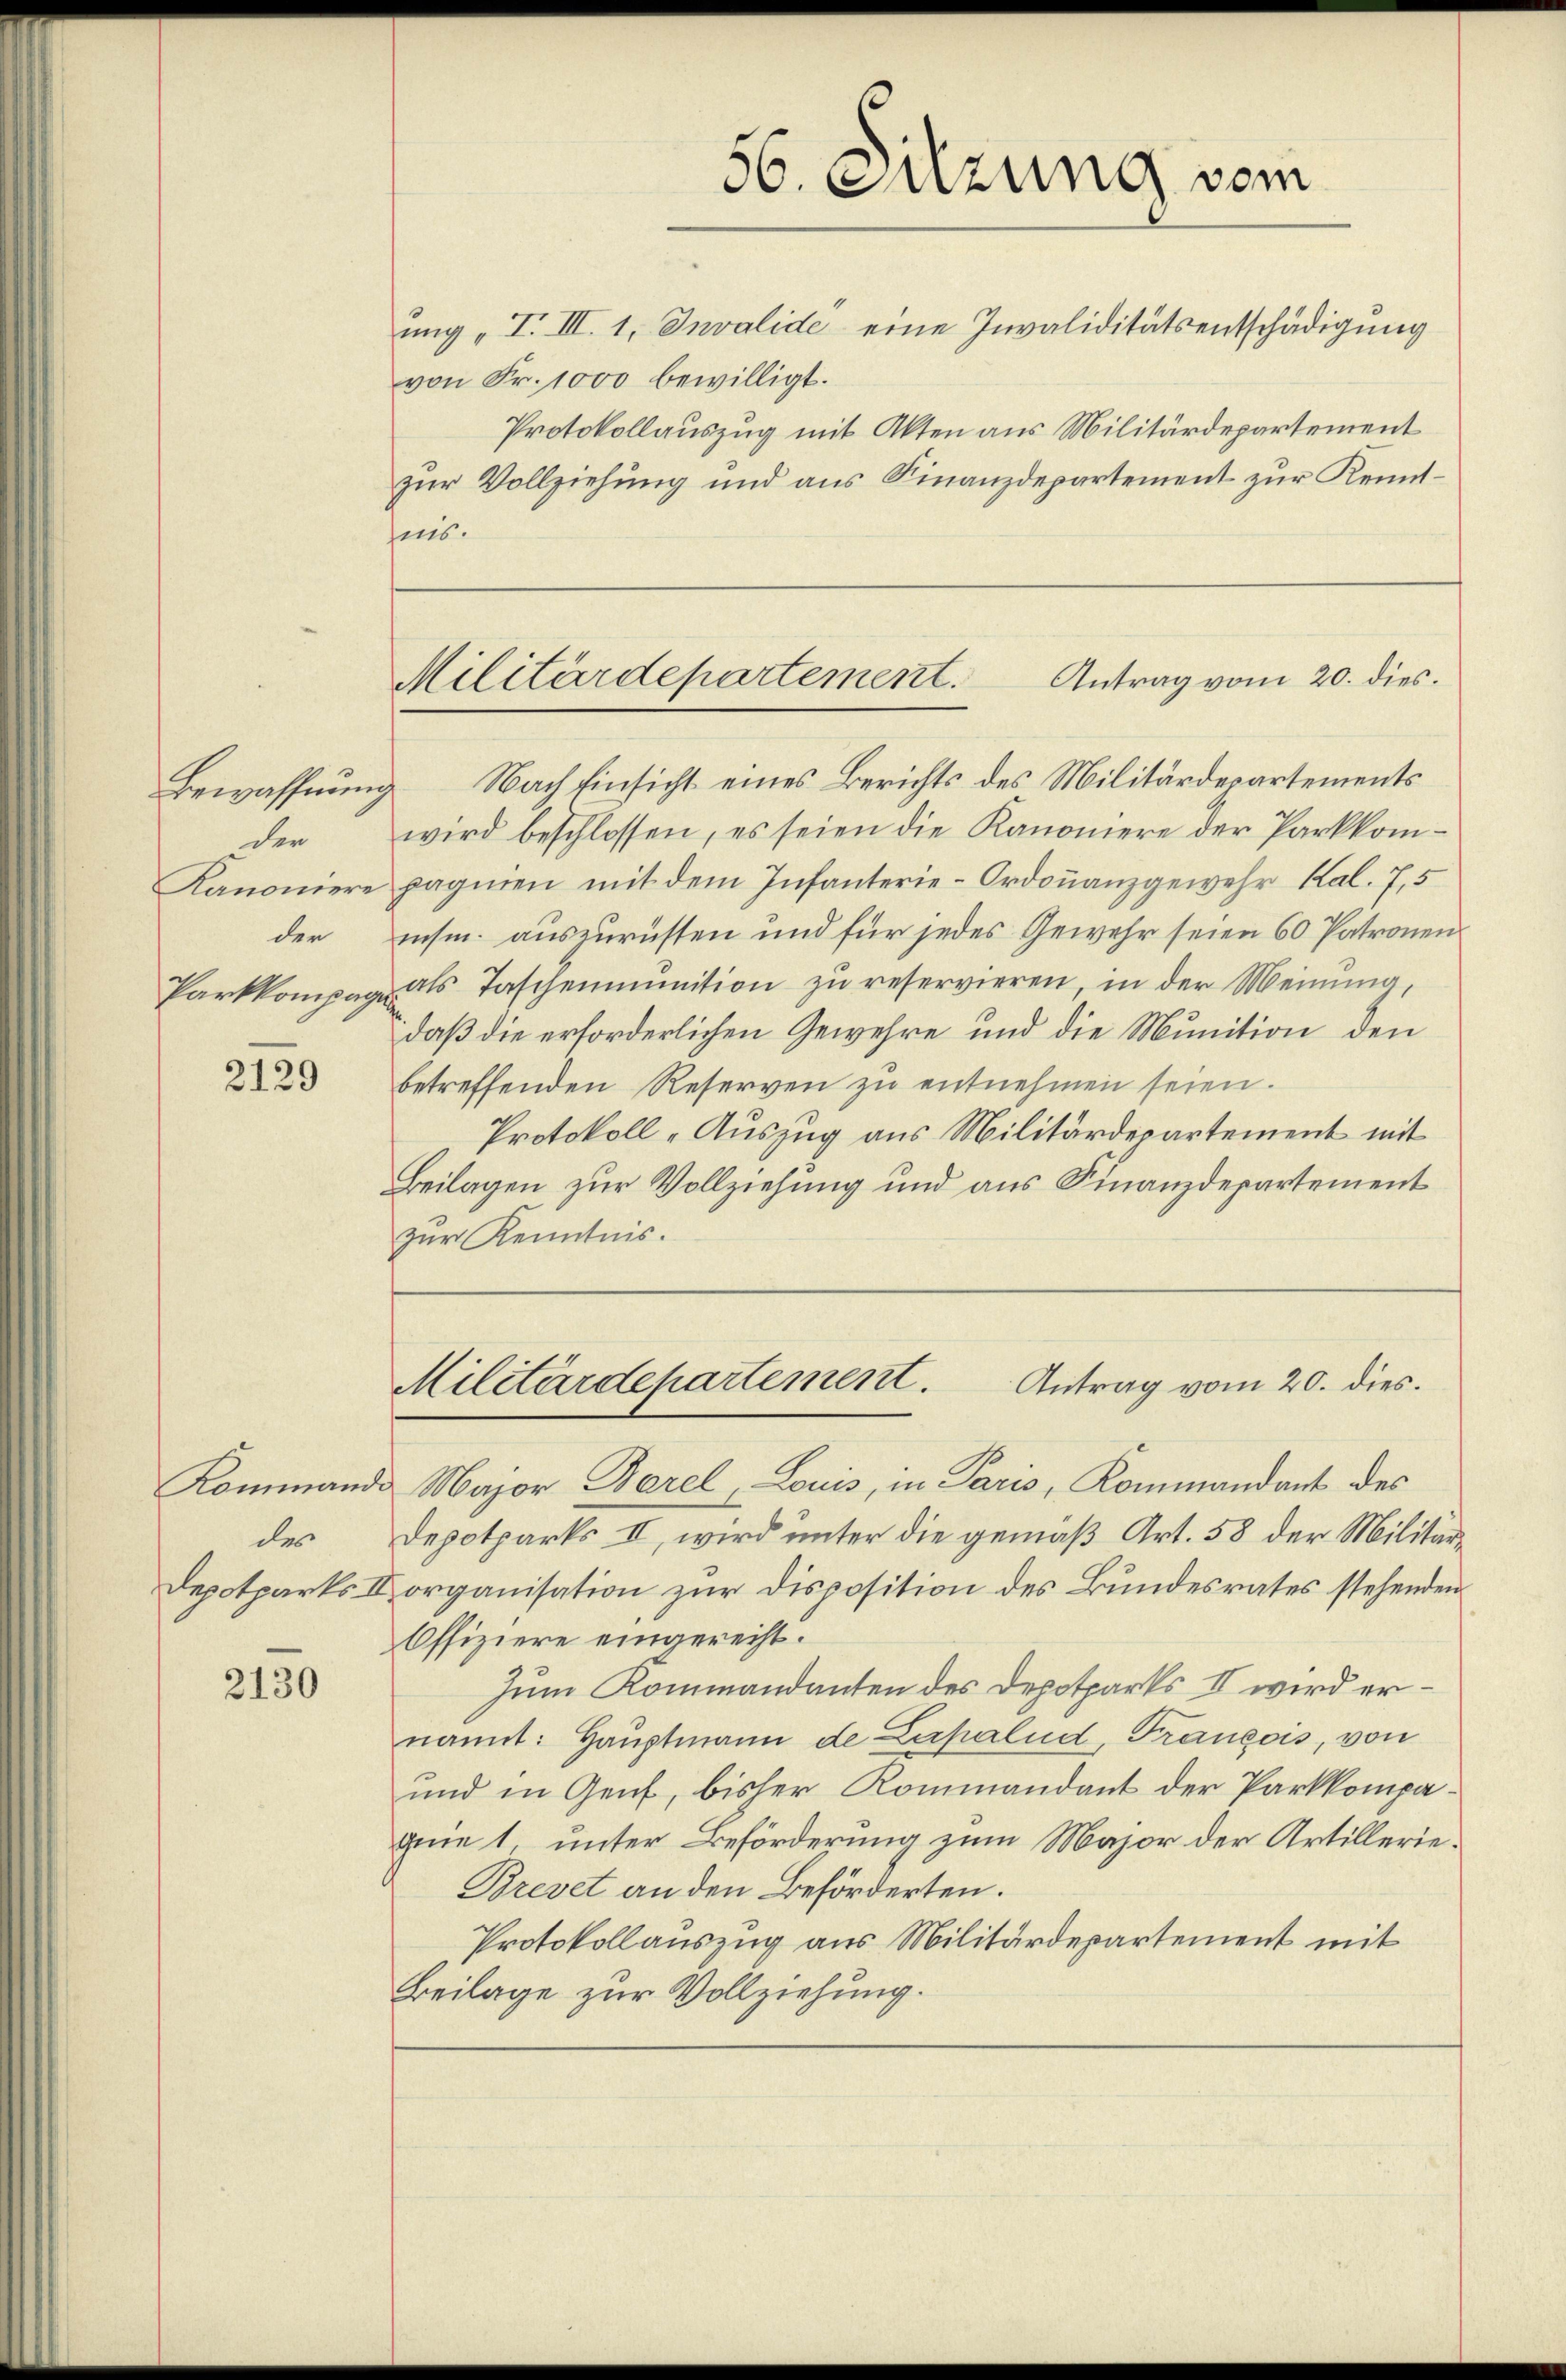
den
den

2129

des

2130

von Fr. 1000 bewilligt.
Protokollauszug mit Akten aus Militärdepartement
zur Vollziehung und aus Finanzdepartement zur Kenntins.

Bewaffnung Nach Einsicht eines Berichts des Militärdepartements
wird beschlossen, es seien die Kanoniere der Parkkom¬
Kanoniere pagnien mit dem Infanterie-Ordonanzgewehr Kal. 7,5
insm. auszurüsten und für jedes Gewehr seien 60 Patronen
Parkkompag als Taschenmŭnition zŭ reservieren, in der Meinung,
daß die erforderlichen Gewehre und die Munition den
betreffenden Reserven zŭ entnehmen seien.
Protokoll-Auszug aus Militärdepartement mit
Beilagen zur Vollziehung und aus Finanzdepartement
zur Kenntnis.

Kommande Major Barel, Louis, in Paris, Kommandant des
Depotparks II, wird unter die gemäß Art. 58 der Militär¬
Depotparks II organisation zur Disposition des Bundesrates stehenden
Offiziere eingerecht.
Zum Kommandanten des Depotparks II wird ernannt: Hauptmann de Lerpalud, François, von
und in Genf, bisher Kommandant der Parkkompagenie 1, unter Beförderung zum Major der Artillerie¬
Brevet an den Beförderten.
Protokollauszug aus Militärdepartement mit
Beilage zur Vollziehung.

56. Sitzung vom
ung „I. III. 1, Invalide eine Invaliditätsentschädigung

Antrag vom 20. dies.
Militärdepartement.

Militärdepartement. Antrag vom 20. dies